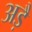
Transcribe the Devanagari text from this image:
अड़ै